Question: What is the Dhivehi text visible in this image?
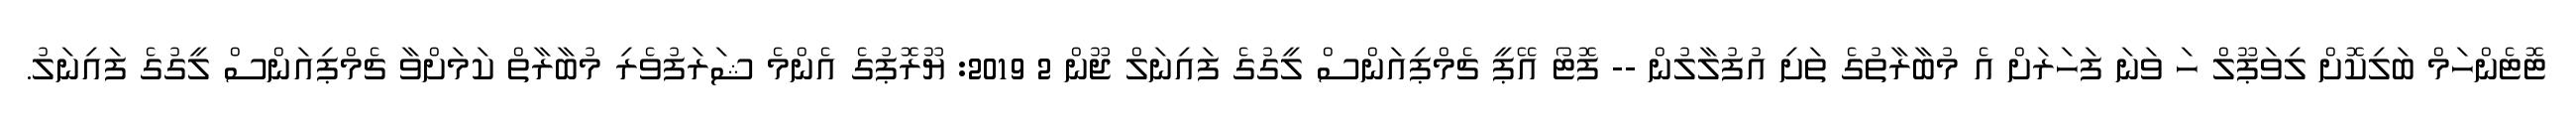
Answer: ޓޮޓެންހަމް ބަލިކޮށް ލިވަޕޫލް ހަ ވަނަ ފަހަރަށް އެ މުބާރާތުގެ ތަށި އުފުލާލުން -- ފޮޓޯ އޭޕީ ޗެމްޕިއަންސް ލީގުގެ ފައިނަލް ޖޫން 2 2019: ޔޫރޮޕުގެ އެންމެ ޝަރަފުވެރި މުބާރާތް ކަމަށްވާ ޗެމްޕިއަންސް ލީގުގެ ފައިނަލު.